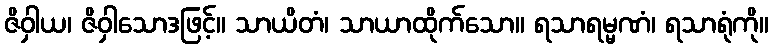
ဇိဝှါယ၊ ဇိဝှါသောဒဖြင့်။ သာယိတံ၊ သာယာထိုက်သော။ ရသာရမ္မဏံ၊ ရသာရုံကို။